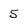
Character: 5